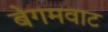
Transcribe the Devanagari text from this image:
बेगमवाट